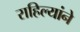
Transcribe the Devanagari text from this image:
राहिल्यांने